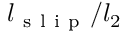
l _ { \mathrm { ~ s ~ l ~ i ~ p ~ } } / l _ { 2 }